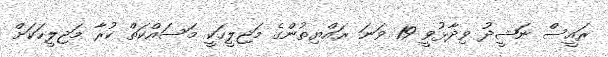
ރައީސް ނަޝީދު ވިދާޅުވީ 19 ވަނަ ރައްޔިތުންގެ މަޖިލީހަކީ މަސައްކަތް ކުރާ މަޖިލީހަކަށް